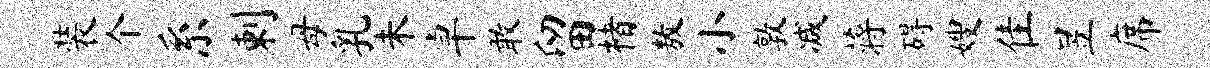
装个系剌母乳未卓敢留楮敖小敦减蒋碍嫂隹昱席